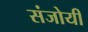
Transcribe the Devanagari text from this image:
संजोयी